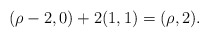
\begin{align*} (\rho-2,0) + 2(1,1)=(\rho,2). \end{align*}